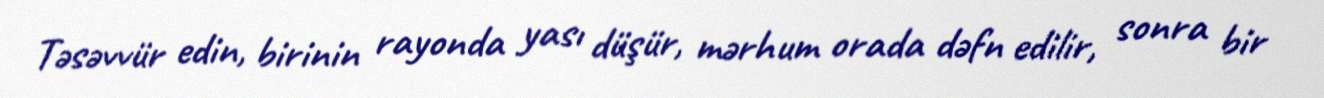
Təsəvvür edin, birinin rayonda yası düşür, mərhum orada dəfn edilir, sonra bir